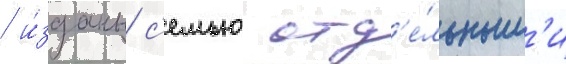
/ и́зданы с'емью отд'е́льным'и